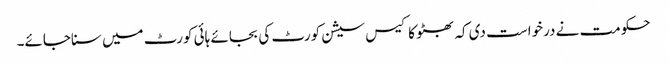
حکومت نے درخواست دی کہ بھٹو کا کیس سیشن کورٹ کی بجائے ہائی کورٹ میں سناجائے۔